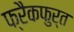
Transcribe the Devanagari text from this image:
फ्रैकफुर्त